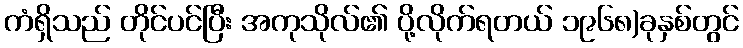
ကံရှိသည် တိုင်ပင်ပြီး အကုသိုလ်၏ ပို့လိုက်ရတယ် ၁၉၆၈)ခုနှစ်တွင်